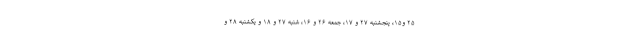
۲۵ و۱۵، پنجشنبه ۲۷ و ۱۷، جمعه ۲۶ و ۱۶، شنبه ۲۷ و ۱۸ و یکشنبه ۲۸ و